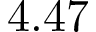
4 . 4 7